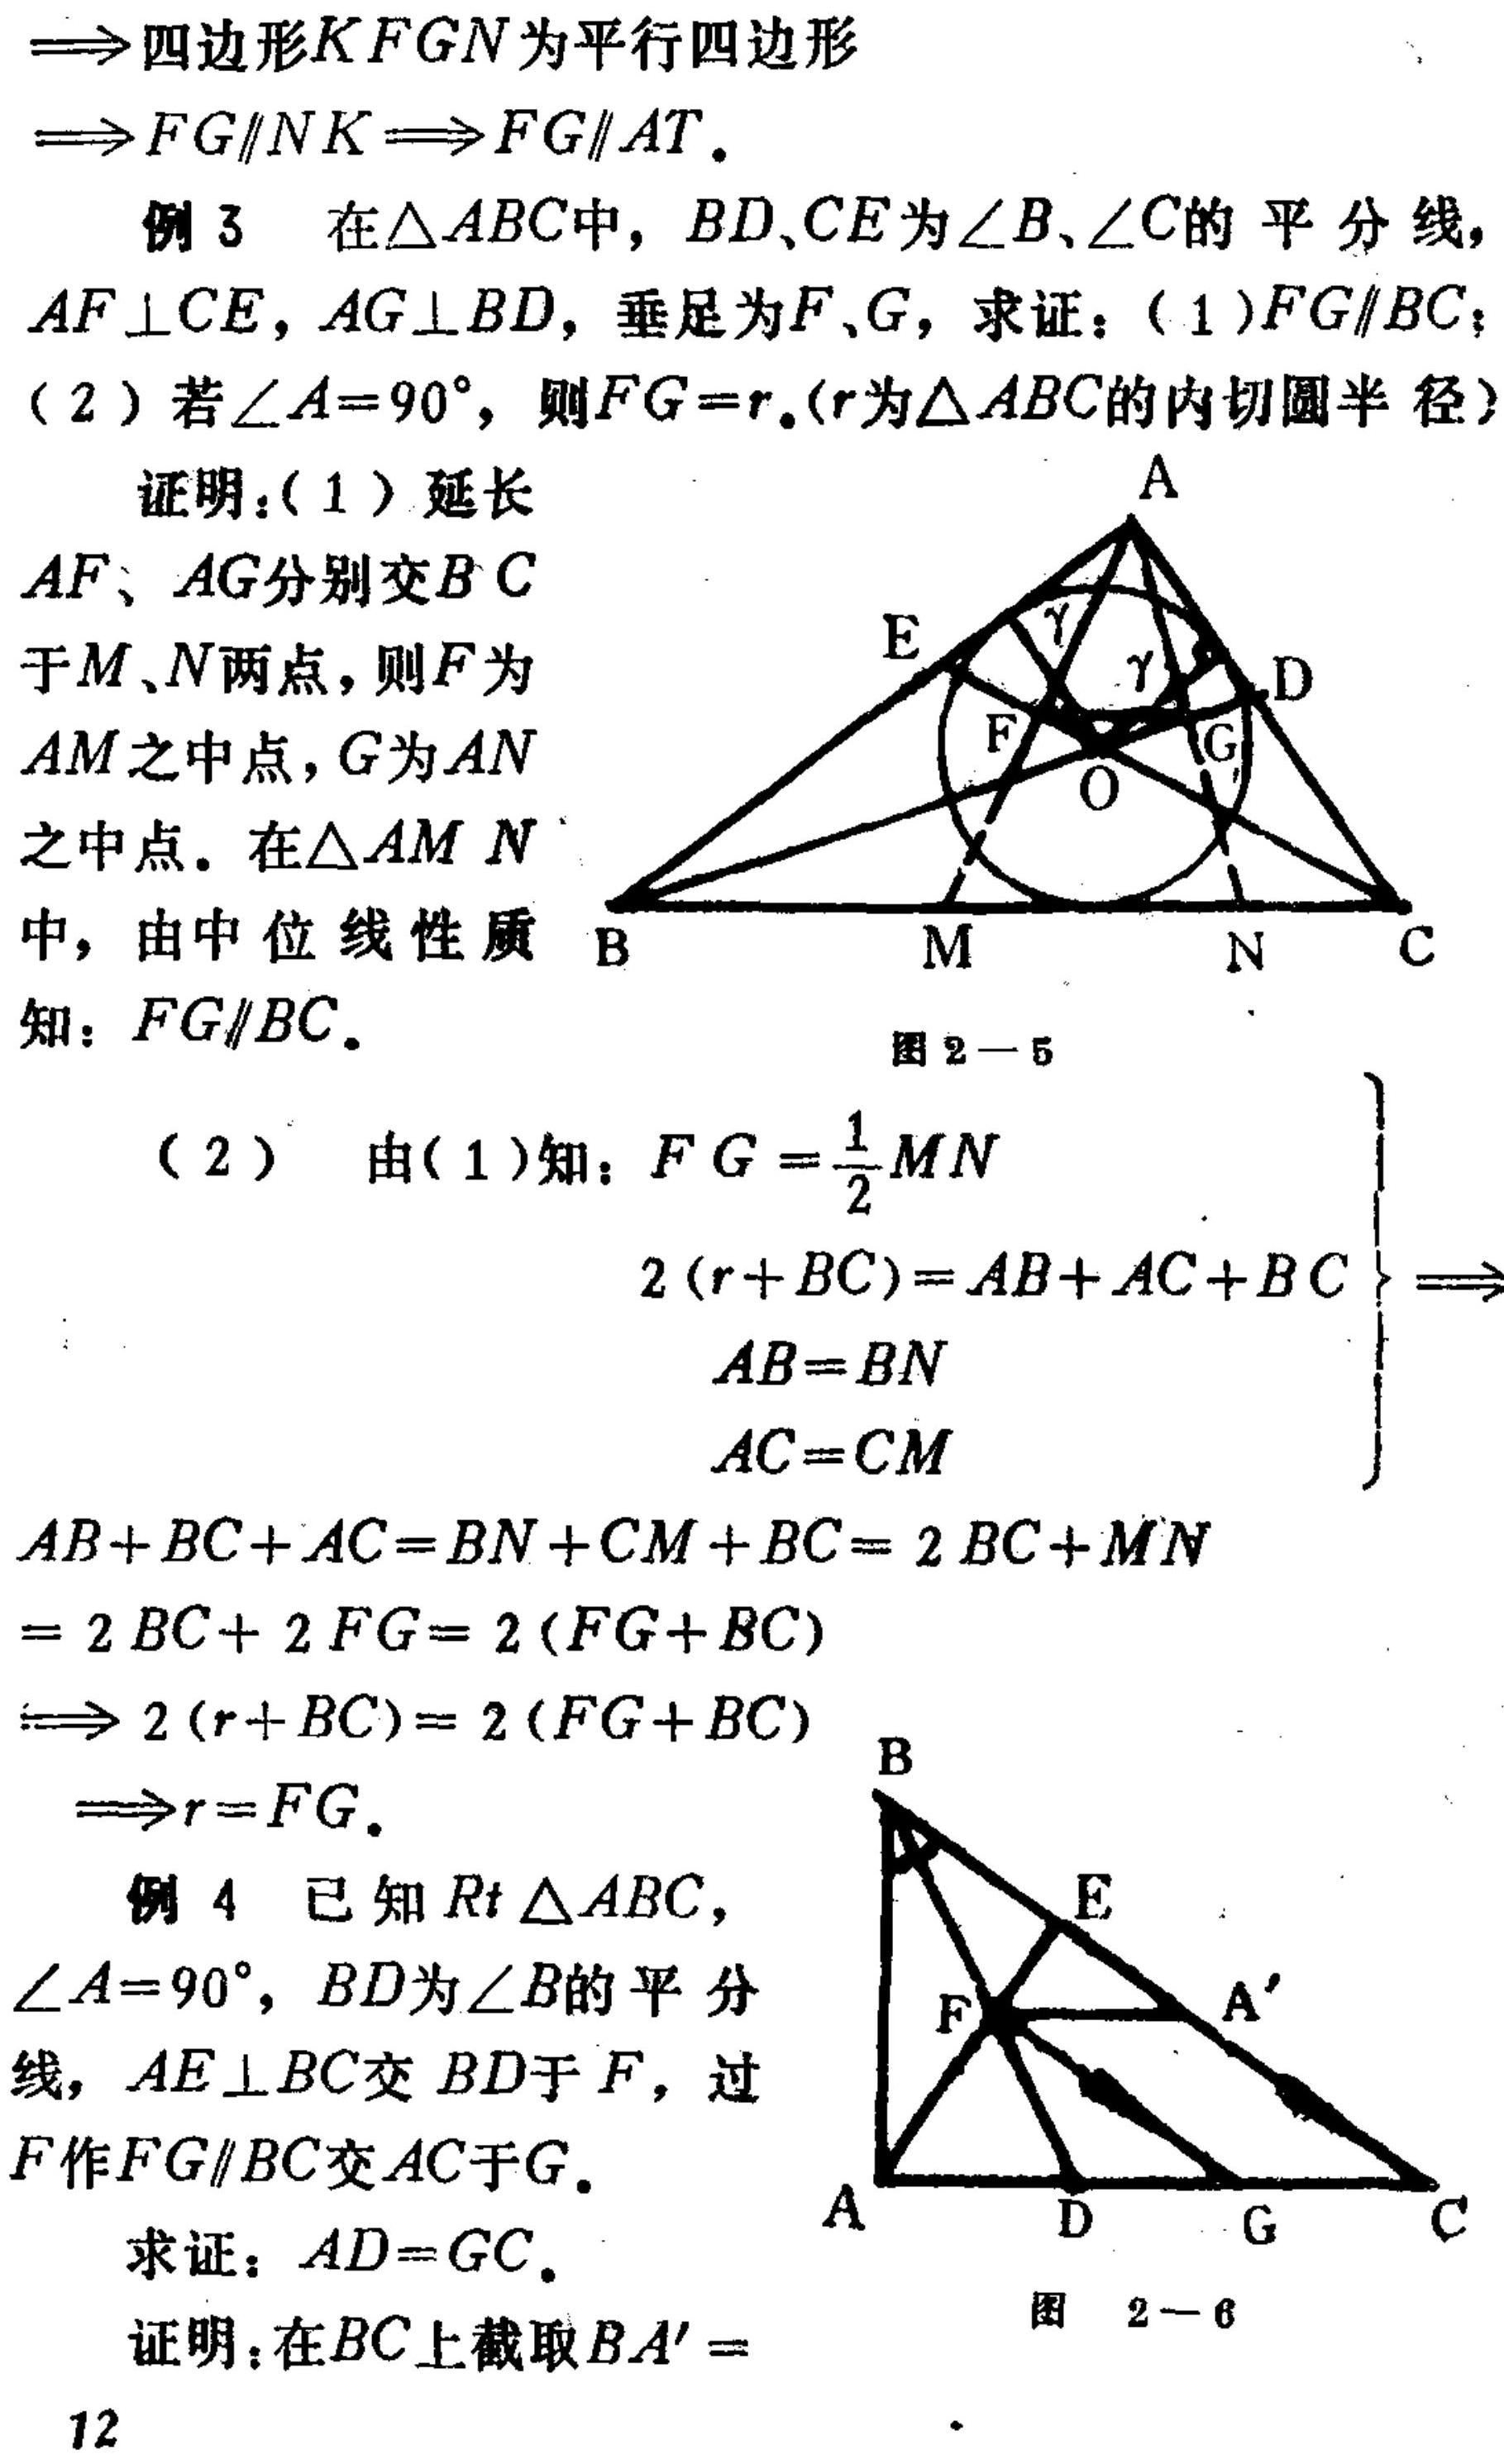
$\Longrightarrow$四边形$KFGN$为平行四边形
$\Longrightarrow FG\parallel NK\Longrightarrow FG\parallel AT$.
例3 在$\triangle ABC$中，$BD、CE$为$\angle B、\angle C$的平分线，$AF\perp CE$，$AG\perp BD$，垂足为$F、G$，求证：(1)$FG\parallel BC$；(2) 若$\angle A = 90^{\circ}$，则$FG = r$。($r$为$\triangle ABC$的内切圆半径)
证明：(1) 延长$AF、AG$分别交$BC$于$M、N$两点，则$F$为$AM$之中点，$G$为$AN$之中点。在$\triangle AMN$中，由中位线性质知：$FG\parallel BC$。
(2) 由(1)知：$FG=\frac{1}{2}MN$
$\begin{cases}
2(r + BC)=AB + AC+BC\\
AB = BN\\
AC = CM
\end{cases}\Longrightarrow$
$AB + BC+AC=BN + CM+BC = 2BC+MN=2BC + 2FG=2(FG + BC)$
$\Longrightarrow 2(r + BC)=2(FG + BC)$
$\Longrightarrow r = FG$.
例4 已知$Rt\triangle ABC$，$\angle A = 90^{\circ}$，$BD$为$\angle B$的平分线，$AE\perp BC$交$BD$于$F$，过$F$作$FG\parallel BC$交$AC$于$G$。
求证：$AD = GC$。
证明：在$BC$上截取$BA'=$
\begin{figure}[h]
\centering
\begin{minipage}[t]{0.4\textwidth}
\centering
\includegraphics[width=\textwidth]{图2 - 5}
\caption{图2 - 5}
\end{minipage}
\begin{minipage}[t]{0.4\textwidth}
\centering
\includegraphics[width=\textwidth]{图2 - 6}
\caption{图2 - 6}
\end{minipage}
\end{figure}
12